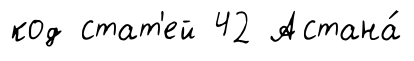
код стат'ей 42 Астана́